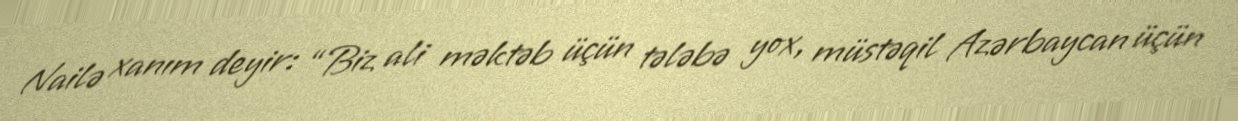
Nailə xanım deyir: “Biz ali məktəb üçün tələbə yox, müstəqil Azərbaycan üçün